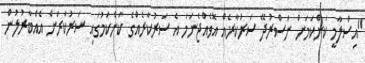
"އިސްލާމީ ކަންކަމަށް ނަސްރުދޭ ސަރުކާރެއް އޮވެއްޖެނަމަ އެ ސަރުކާރެއްގެ ކަންކަމުގައި ސަރުކާރަށް އެއްބާރުލުން